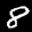
Label: 8